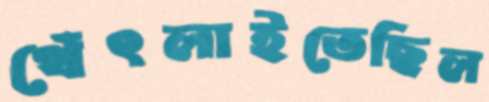
থেঁৎলাইতেছিল